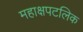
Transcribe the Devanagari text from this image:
महाक्षपटलिक